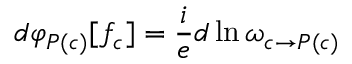
d \varphi _ { P ( c ) } [ f _ { c } ] = \frac { i } { e } d \ln \omega _ { c \rightarrow P ( c ) }